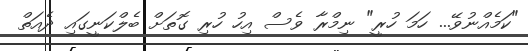
"ކަމެއްނުވޭ... ހަމަ ހުރީ" ނިމްރާ ވެސް އިހު ހުރި ގޮތަށް ބެލްކަނީގައި ދެއަތް